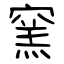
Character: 窯